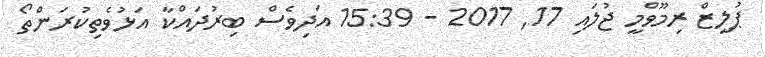
ޕުލީޒް ރިމޫވްމީ ޖުލައި 17